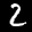
Label: 2